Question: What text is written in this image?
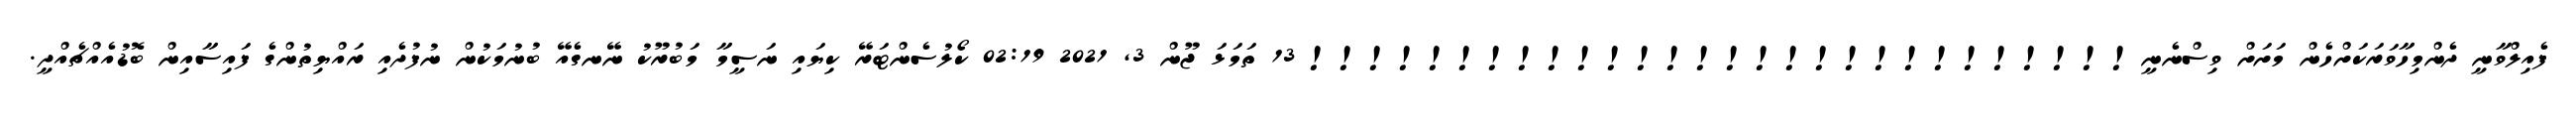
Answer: ފެއިލްވާނީ ދެންމިހާވަރަކަށްހެން މަށަށް ވިސްނެނީ!!!!!!!!!!!!!!!!!!!!!!!!!!!! 13 ތަމަޅަ ޖޫން 3, 2021 02:19 ކޯލުސެންޓަރޭ ކިޔައި ނަސީމާ މަބުރޫކު ނޭނގެއޭ ބުނުމަކުން ނުފުދެއި ރައްޔިތުންގެ ފައިސާއިން ބޮޑުއެއްޗެއްދީ.